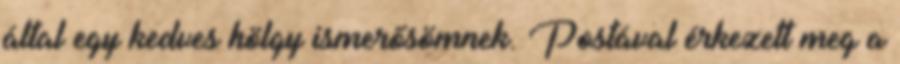
által egy kedves hölgy ismerősömnek. Postával érkezett meg a